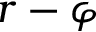
r - \varphi